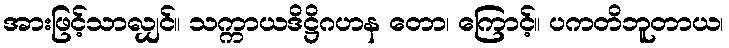
အားဖြင့်သာလျှင်။ သက္ကာယဒိဋ္ဌိဂဟန တော၊ ကြောင့်။ ပကတိဘူတာယ၊